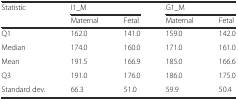
| <ROWSPAN=2> Statistic | <COLSPAN=2> I1_M | <COLSPAN=2> G1_M |
 | Maternal | Fetal | Maternal | Fetal |
 | --- | --- | --- | --- | --- |
 | Q1 | 162.0 | 141.0 | 159.0 | 142.0 |
 | Median | 174.0 | 160.0 | 171.0 | 161.0 |
 | Mean | 191.5 | 166.9 | 185.0 | 166.6 |
 | Q3 | 191.0 | 176.0 | 186.0 | 175.0 |
 | Standard dev. | 66.3 | 51.0 | 59.9 | 50.4 |